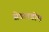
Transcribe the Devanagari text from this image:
सेडलडोम